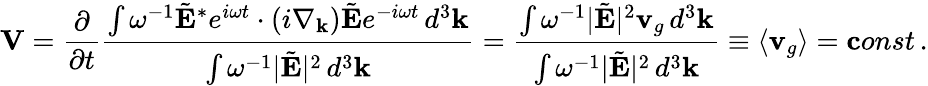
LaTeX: {\mathbf V}=\frac{\partial}{\partial t}\frac{\int\omega^{-1}\tilde{\mathbf E}^{*}e^{i\omega t}\cdot(i{\nabla}_{\mathbf k})\tilde{\mathbf E}e^{-i\omega t}\, d^{3}{\mathbf k}}{\int\omega^{-1}|\tilde{\mathbf E}|^{2}\, d^{3}{\mathbf k}}=\frac{\int\omega^{-1}|\tilde{\mathbf E}|^{2}{\mathbf v}_{g}\, d^{3}{\mathbf k}}{\int\omega^{-1}|\tilde{\mathbf E}|^{2}\, d^{3}{\mathbf k}}\equiv\langle{\mathbf v}_{g}\rangle={\mathbf const}\, .